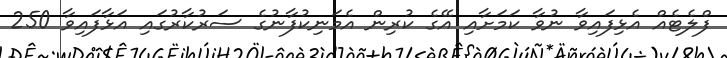
ފްލެޓެއް އެޅިފައިވާ ނުވާ ކަމަށާއި އޭގެ ކުރިން އެމަނިކުފާނުގެ ސަރުކާރުގައި އަޅާފައިވާ 250